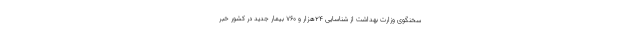
سخنگوی وزارت بهداشت از شناسایی ۲۴هزار و ۷۶۰ بیمار جدید در کشور خبر